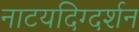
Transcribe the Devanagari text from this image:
नाटयदिग्दर्शन